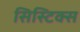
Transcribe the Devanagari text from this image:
सिस्टिक्स